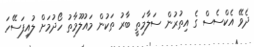
ދެވޭ އެކްސެސް ގެ އިތުރުން ސަލާމަތީ ބާރު ތަކުން މައުލޫމާތު ހޯދުމަށް ލުއިފަސޭހަ